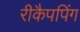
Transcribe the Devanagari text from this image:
रीकैपपिंग